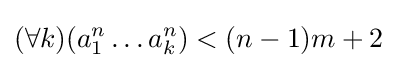
(\forall k)(a_{1}^{n}\ldots a_{k}^{n})<(n-1)m+2